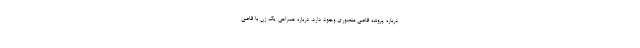
درباره پرونده قاضی منصوری وجود دارد، درباره همراهی یک زن با قاضی